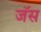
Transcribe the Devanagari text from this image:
जॅस